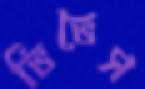
ভিভেস